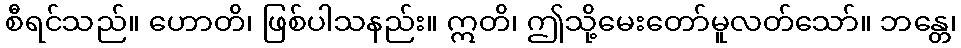
စီရင်သည်။ ဟောတိ၊ ဖြစ်ပါသနည်း။ ဣတိ၊ ဤသို့မေးတော်မူလတ်သော်။ ဘန္တေ၊